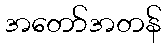
အတော်အတန်